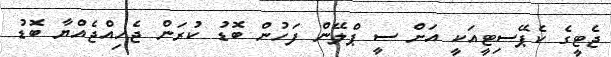
ޖެޓީގެ ކެޕޭސިޓީއަކީ އަށް ސީ ޕްލޭން ފަހުން ބޮޑު ކުރަން ޖެހިއްޖެއްޔާ ބޮޑު